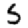
Digit: 5